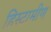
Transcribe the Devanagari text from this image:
हिस्टामीण